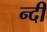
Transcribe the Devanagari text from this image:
न्दी